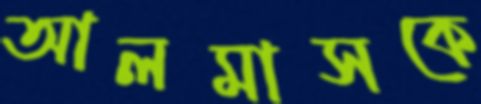
আলমাসকে